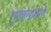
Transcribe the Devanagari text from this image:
गुप्तहेरांप्रमणे